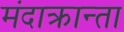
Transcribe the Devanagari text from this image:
मंदाक्रान्ता